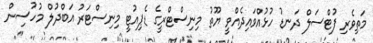
މަތިވެރި ފުޓްސަލް ދަނޑު ހުޅުއްވައިދެއްވީ ޔޫތު މިނިސްޓްރީގެ ޑެޕިއުޓީ މިނިސްޓަރު އަބްދުލް މުހުސިން